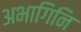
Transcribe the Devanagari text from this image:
अभागिनि